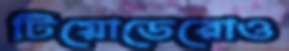
টিয়োডেরোও